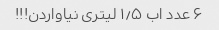
۶ عدد اب ۱٫۵ لیتری نیاواردن!!!